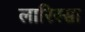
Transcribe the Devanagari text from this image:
लारिस्सा